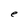
Character: e